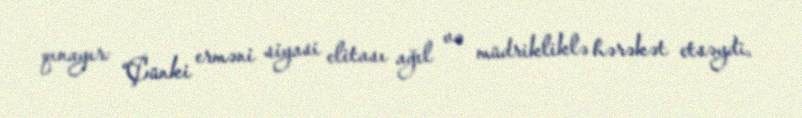
qınayır: “Çünki erməni siyasi elitası ağıl və müdrikliklə hərəkət etsəydi,